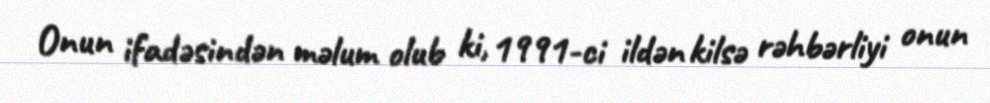
Onun ifadəsindən məlum olub ki, 1991-ci ildən kilsə rəhbərliyi onun